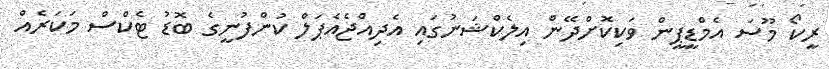
ރީކޯ މޫސަ އެމްޑީޕީން ވަކިކޮށްދޭން އިލެކްޝަނުގައި އެދިއްޖެއެޕަލް ކުންފުނީގެ ބޮޑު ޓެކްސް މަކަރެއް